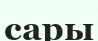
сары